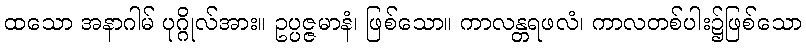
ထသော အနာဂါမ် ပုဂ္ဂိုလ်အား။ ဥပ္ပဇ္ဇမာနံ၊ ဖြစ်သော။ ကာလန္တရဖလံ၊ ကာလတစ်ပါး၌ဖြစ်သော